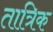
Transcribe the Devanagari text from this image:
तात्रिक